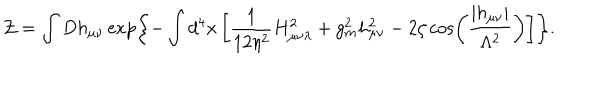
{ \cal Z } = \int D h _ { \mu \nu } \exp \left\{ - \int d ^ { 4 } x \left[ \frac { 1 } { 1 2 \eta ^ { 2 } } H _ { \mu \nu \lambda } ^ { 2 } + g _ { m } ^ { 2 } h _ { \mu \nu } ^ { 2 } - 2 \zeta \cos \left( \frac { \left| h _ { \mu \nu } \right| } { \Lambda ^ { 2 } } \right) \right] \right\} .